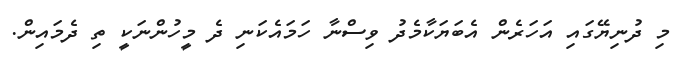
މި ދުނިޔޭގައި އަހަރެން އެބަޔަކާމެދު ވިސްނާ ހަމައެކަނި ދެ މީހުންނަކީ ތި ދެމައިން.